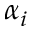
\alpha _ { i }